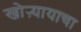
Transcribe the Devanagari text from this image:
खोऱ्यायाचा